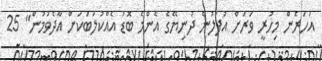
އަހަރެން މިހުރީ ވަރަށް އުފަލުން ދުނިޔޭގެ އެންމެ ބޮޑު އެއްކުލަބަކަށް އާދެވުމުން" 25